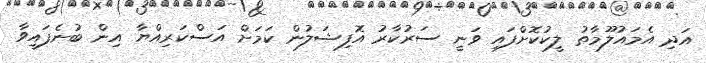
އަދި އެމައުލޫމާތު ލީކުކޮށްފައި ވަނީ ސަރުކާރު އޮފިޝަލުން ކަމަށް އަސްކަރިއްޔާ އިން ބުނެފައިވާ